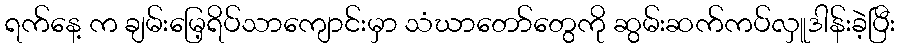
ရက်နေ့ က ချမ်းမြေ့ရိပ်သာကျောင်းမှာ သံဃာတော်တွေကို ဆွမ်းဆက်ကပ်လှူဒါန်းခဲ့ပြီး